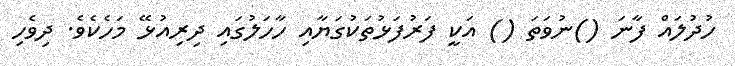
ހުދުލައް ފާނަ ()ނުވަތަ () އަކީ ފަރުފަޅުތަކުގަޔާއި ހާހަލުގައި ދިރިއުޅޭ މަހެކެވެ. ދިވެހި